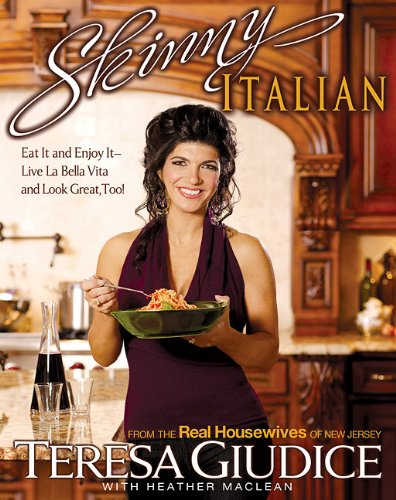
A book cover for Skinny Italian: Eat It and Enjoy It - Live La Bella Vita and Look Great, Too!; Teresa Giudice; Health, Fitness & Dieting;